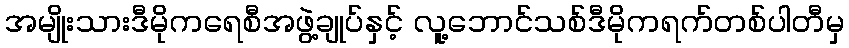
အမျိုးသားဒီမိုကရေစီအဖွဲ့ချုပ်နှင့် လူ့ဘောင်သစ်ဒီမိုကရက်တစ်ပါတီမှ